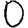
Digit: 0